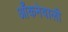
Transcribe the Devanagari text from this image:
आँकनेवाली